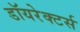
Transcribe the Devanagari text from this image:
डॉयरेक्टर्स